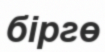
біргө